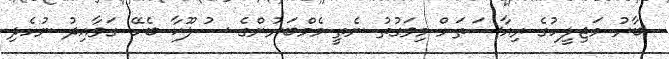
ބާރު މަޖިލީހުގެ ރިއާސަތަށް މިވަގުތު ނެތީ މެމްބަރުންގެ ސުލޫކާ ބެހޭ ގަވާއިދު ނުހެދި